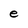
Character: e